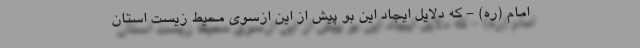
امام (ره) - که دلایل ایجاد این بو پیش از این ازسوی محیط‌ زیست استان